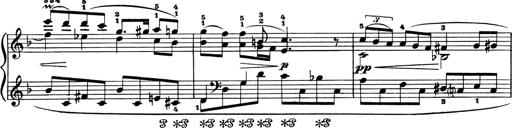
Title: 4 Sonatines
Composer: Max Reger